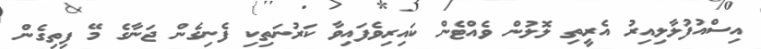
އިސްއުފުލާލިއިރު އެރީތި ލޮލުން ވެއްޓެން ކައިރިވެފައިވާ ކަރުނަތިކި ފެނިގެން ޖަނާގެ މޭ ފިތިގެން